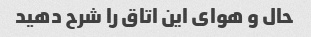
حال و هوای این اتاق را شرح دهید